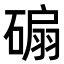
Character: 𥔱